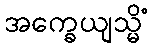
အက္ခေယျသ္မိံ